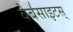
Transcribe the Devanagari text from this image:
वेबसाइटस्